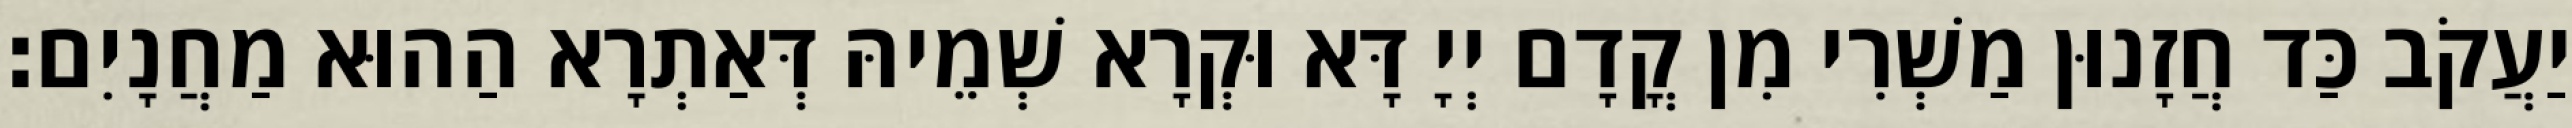
יַעֲקֹב כַּד חֲזָנוּן מַשְׁרִי מִן קֳדָם יְיָ דָּא וּקְרָא שְׁמֵיהּ דְּאַתְרָא הַהוּא מַחֲנָיִם׃